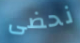
نحضى